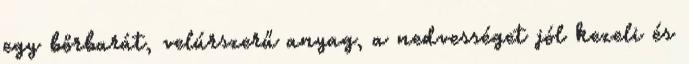
egy bőrbarát, velúrszerű anyag, a nedvességet jól kezeli és